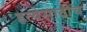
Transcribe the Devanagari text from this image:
हत्येसाठीच